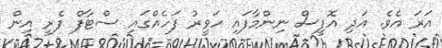
އަރަ އެވެ. އަދި އޮފީސް ނިންމާފައި ހަވީރު ފަހެއްގައި ސްޓާފް ފެރީ އިން